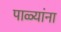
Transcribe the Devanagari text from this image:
पाळ्यांना